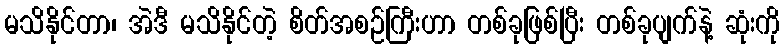
မသိနိုင်တာ၊ အဲဒီ မသိနိုင်တဲ့ စိတ်အစဉ်ကြီးဟာ တစ်ခုဖြစ်ပြီး တစ်ခုပျက်နဲ့ ဆုံးကို